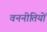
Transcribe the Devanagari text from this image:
वननीतियों